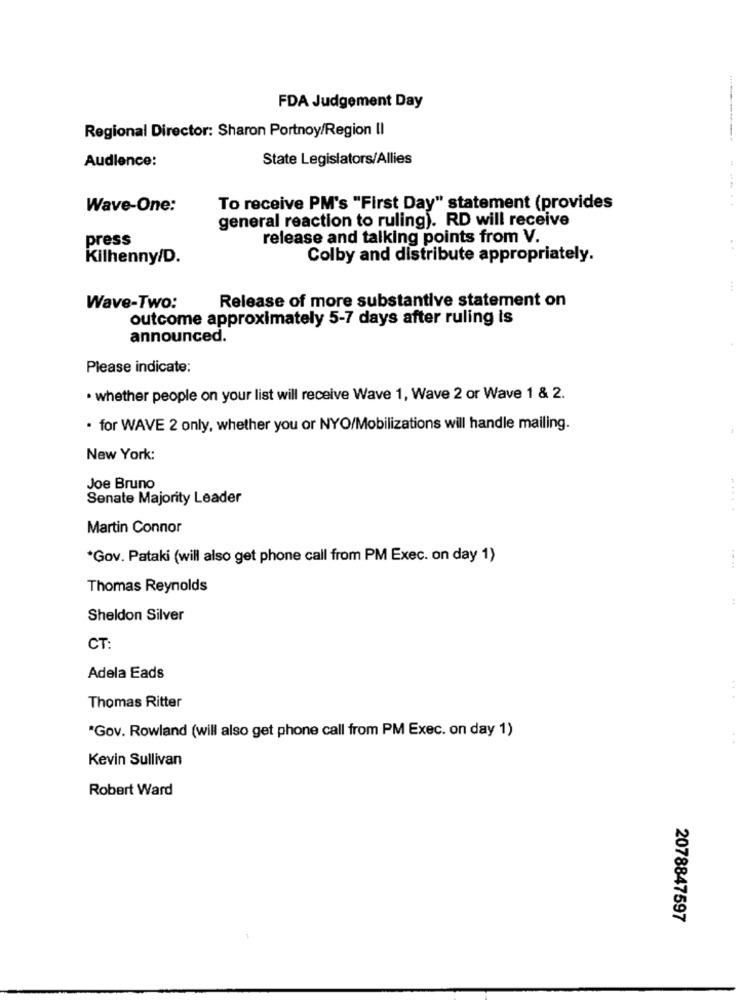
FDA Judgement Day
Regional Director: Sharon Portnoy/Region II
Audience:
State Legislators/Allies
Wave-One:
To receive PM's "First Day" statement (provides
general reaction to ruling). RD will receive
press
release and talking points from V.
Kilhenny/D.
Colby and distribute appropriately.
Release of more substantive statement on
Wave-Two:
outcome approximately 5-7 days after ruling is
announced.
Please indicate:
. whether people on your list will receive Wave 1, Wave 2 or Wave 1 & 2.
. for WAVE 2 only, whether you or NYO/Mobilizations will handle mailing.
New York:
Joe Bruno
Senate Majority Leader
Martin Connor
*Gov. Pataki (will also get phone call from PM Exec. on day 1)
Thomas Reynolds
:
Sheldon Silver
CT:
Adela Eads
Thomas Ritter
*Gov. Rowland (will also get phone call from PM Exec. on day 1)
Kevin Sullivan
Robert Ward
2078847597